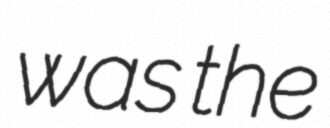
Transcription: was the